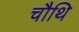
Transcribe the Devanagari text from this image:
चौथि